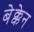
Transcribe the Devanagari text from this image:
बेक्केन